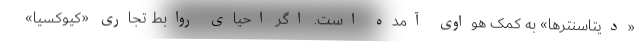
«دیتاسنترها» به کمک هواوی آمده است. اگر احیای روابط تجاری «کیوکسیا»